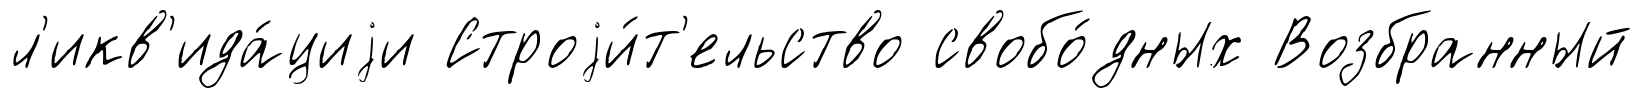
л'икв'ида́циjи Строjи́т'ельство свобо́дных Возбранный